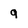
Character: 9